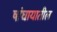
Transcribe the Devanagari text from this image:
षांघायातील